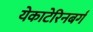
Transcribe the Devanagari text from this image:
येकाटेरिनबर्ग